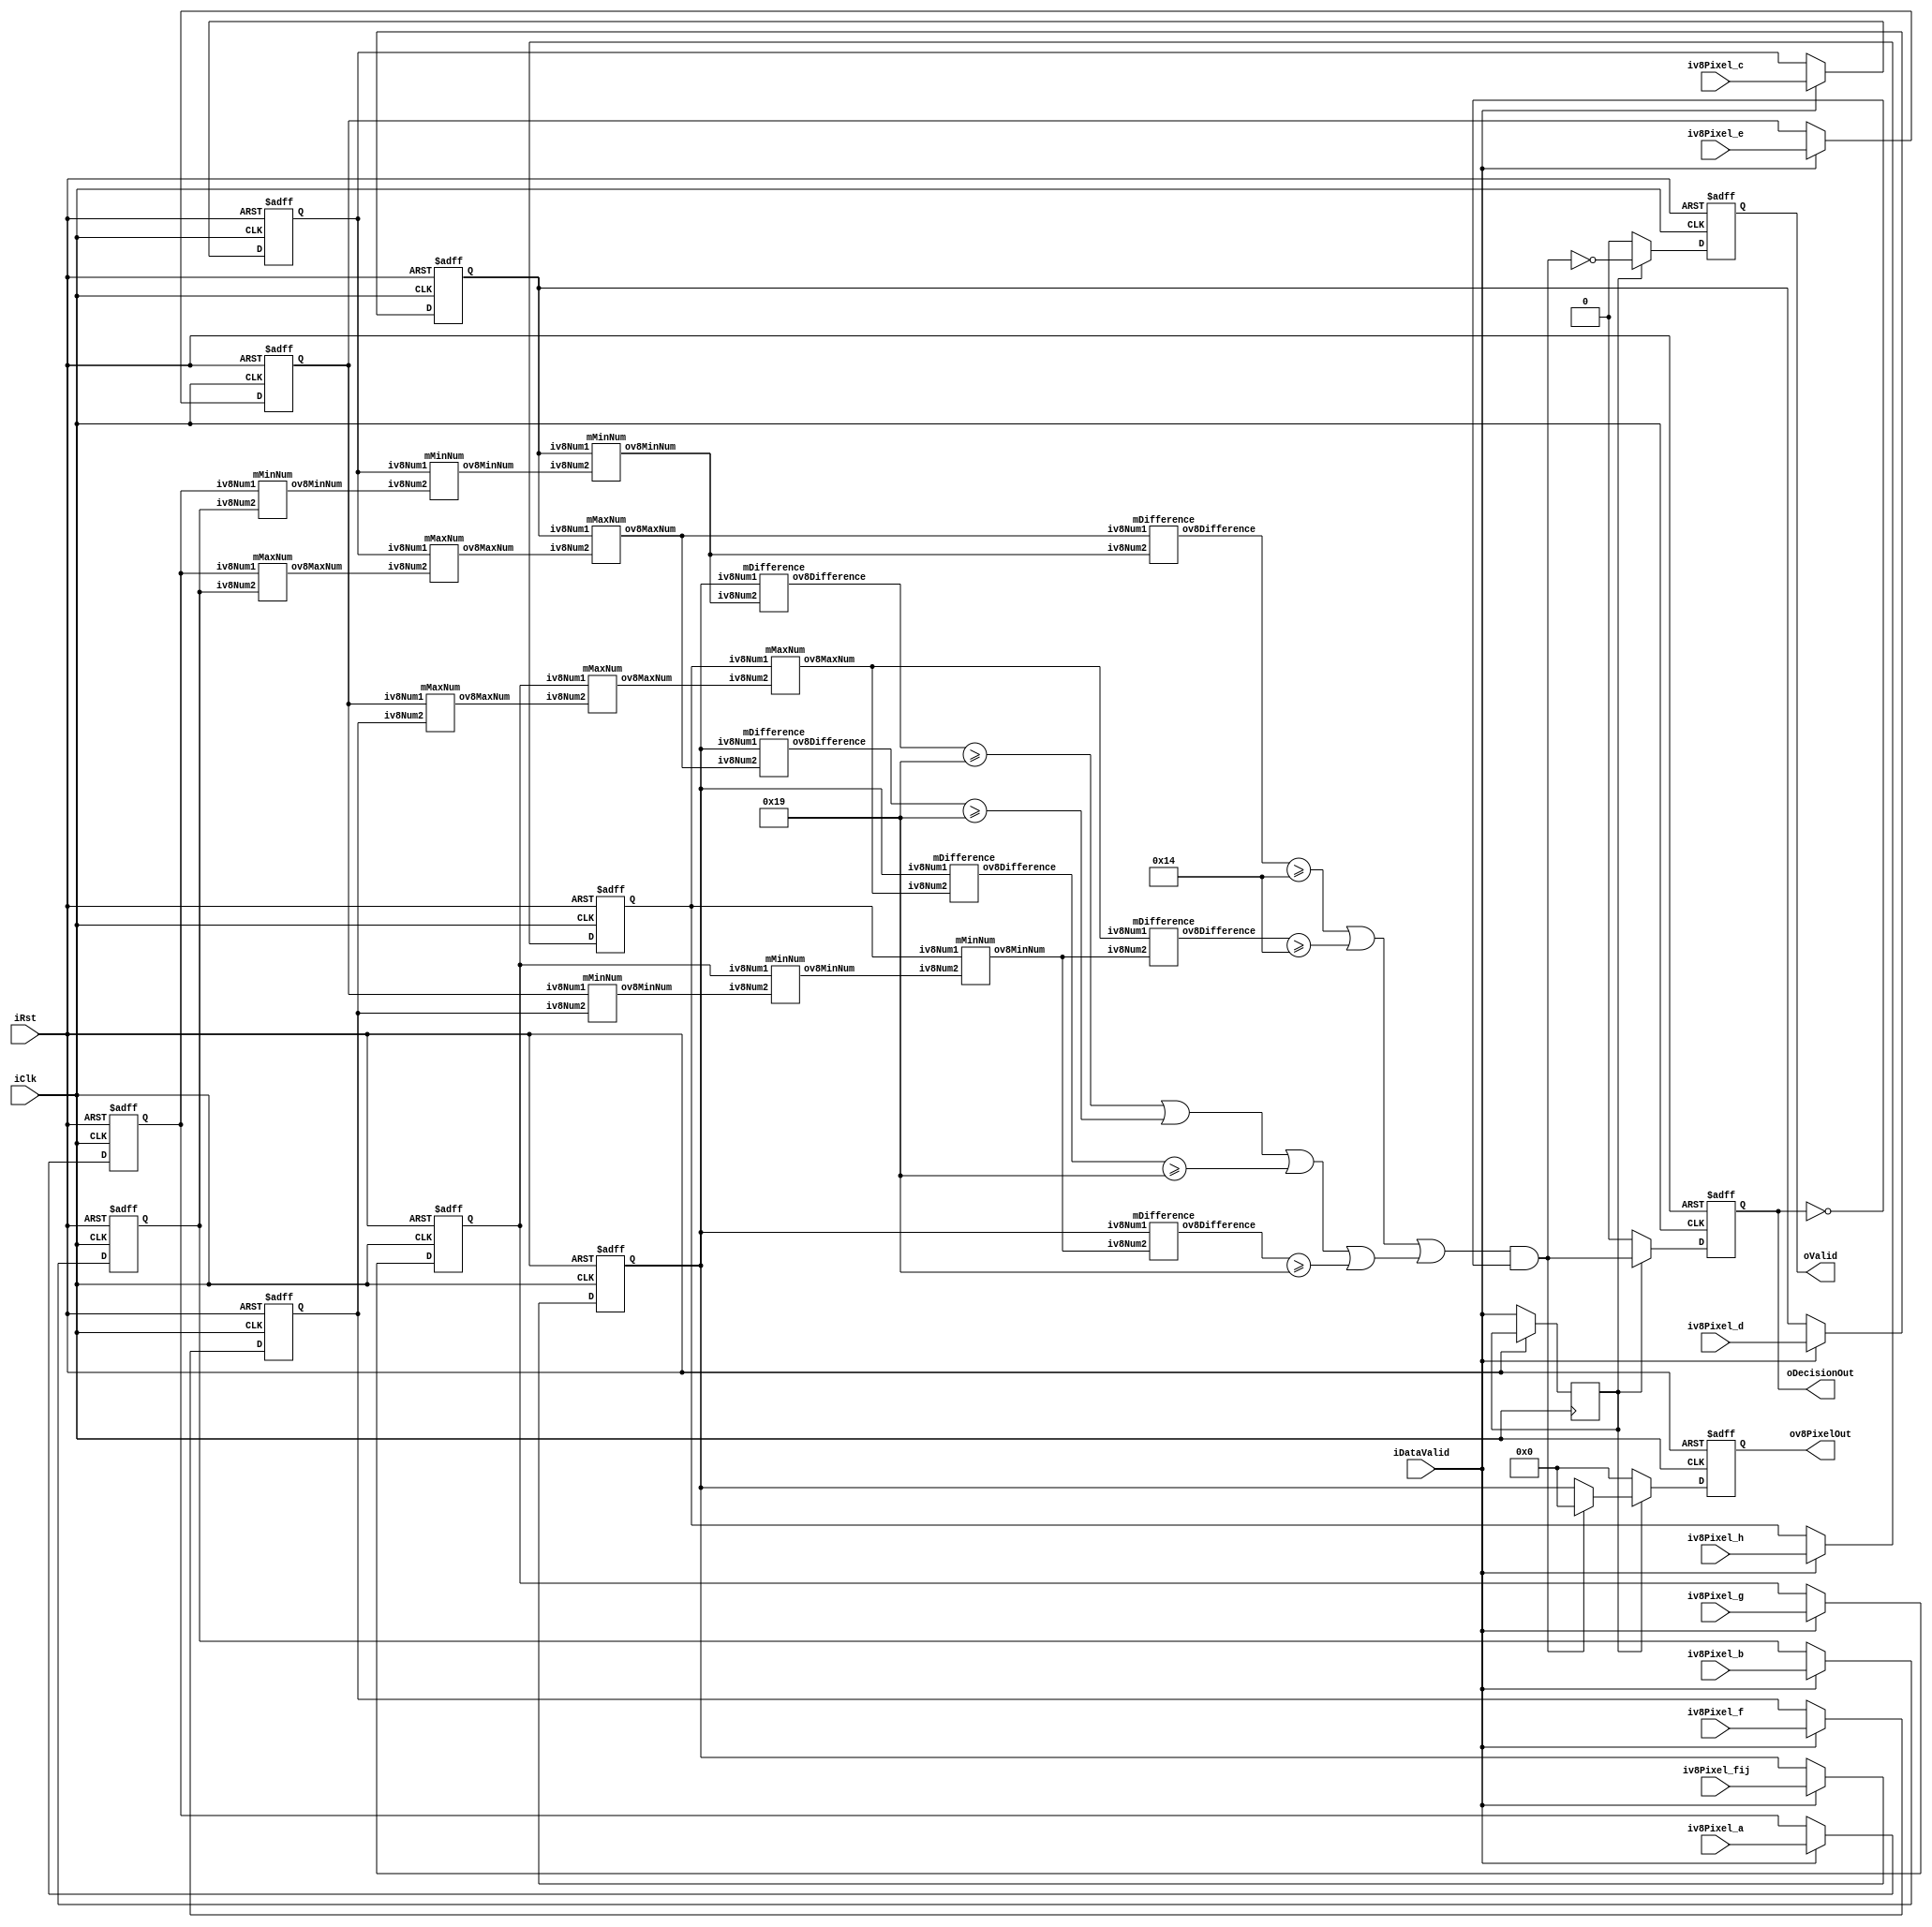
module mIsolateModule (input wire iClk,
						input wire iRst,
						input wire iDataValid,
						input wire [7:0] iv8Pixel_a,
						input wire [7:0] iv8Pixel_b,
						input wire [7:0] iv8Pixel_c,
						input wire [7:0] iv8Pixel_d,
						input wire [7:0] iv8Pixel_fij,
						input wire [7:0] iv8Pixel_e,
						input wire [7:0] iv8Pixel_f,
						input wire [7:0] iv8Pixel_g,
						input wire [7:0] iv8Pixel_h,
						output reg [7:0] ov8PixelOut,
						output reg oValid,
						output wire oDecisionOut
						);

						
localparam pThIMa 	= 20;//512;
localparam pThIMb 	= 25;//512;					
						
wire [7:0]  wv8TopHalfMaxIntr0;						
wire [7:0]  wv8TopHalfMaxIntr1;						
wire [7:0]  wv8TopHalfMax;
wire [7:0]  wv8TopHalfMinIntr0;						
wire [7:0]  wv8TopHalfMinIntr1;						
wire [7:0]  wv8TopHalfMin;	
wire [7:0]  wv8TopHalfDiff;

					
wire [7:0]  wv8BottomHalfMaxIntr0;						
wire [7:0]  wv8BottomHalfMaxIntr1;						
wire [7:0]  wv8BottomHalfMax;
wire [7:0]  wv8BottomHalfMinIntr0;						
wire [7:0]  wv8BottomHalfMinIntr1;						
wire [7:0]  wv8BottomHalfMin;	
wire [7:0]  wv8BottomHalfDiff;	

wire [7:0]  wv8FijTopHalfMinDiff;	
wire [7:0]  wv8FijTopHalfMaxDiff;	
wire [7:0]  wv8FijBtmHalfMaxDiff;	
wire [7:0]  wv8FijBtmHalfMinDiff;	

wire [7:0]  wv8PixelOut;	

wire   		wDecisionOut1;	
wire   		wDecisionOut2;	
wire   		wDecision;	
wire   		wValid;	

reg			rDecisionOut;
reg			rDataValid;
reg [7:0]	rv9x8ImgArray [8:0];
integer		i;
											
assign oDecisionOut  = rDecisionOut;
assign wValid 	 	 = (!wDecision);
assign wv8PixelOut 	 = wValid ? rv9x8ImgArray[4] : 8'd0	;

assign wDecision	 = (wDecisionOut1 | wDecisionOut2) & (!rDecisionOut) ;
assign wDecisionOut1 = ((wv8TopHalfDiff >= pThIMa) | (wv8BottomHalfDiff >= pThIMa) ); 
assign wDecisionOut2 = ((wv8FijTopHalfMinDiff >= pThIMb) | (wv8FijTopHalfMaxDiff >= pThIMb) | (wv8FijBtmHalfMaxDiff >= pThIMb) | (wv8FijBtmHalfMinDiff >= pThIMb) ); 

//Th_ IMa, Th_ IMb, Th _FMa, Th _FMb, Th _SMa, and Th_ SMb are all predefined values and
//set as 20, 25, 40, 80, 15, and 60, respectively.
always @(posedge iClk or posedge iRst)
begin
	if(iRst)
	begin
		for(i=0; i<9 ;i =i+1)
		begin
			rv9x8ImgArray[i]			<= 8'd0;
		end
	end
	else
	begin
		if(iDataValid)
		begin
			rv9x8ImgArray[0]		<= iv8Pixel_a;
			rv9x8ImgArray[1]		<= iv8Pixel_b;
			rv9x8ImgArray[2]		<= iv8Pixel_c;
			rv9x8ImgArray[3]		<= iv8Pixel_d;
			rv9x8ImgArray[4]		<= iv8Pixel_fij;
			rv9x8ImgArray[5]		<= iv8Pixel_e;
			rv9x8ImgArray[6]		<= iv8Pixel_f;
			rv9x8ImgArray[7]		<= iv8Pixel_g;
			rv9x8ImgArray[8]		<= iv8Pixel_h;
		end
		rDataValid					<= iDataValid;
	end
end


always @(posedge iClk or posedge iRst)
begin
	if(iRst) 
	begin
		ov8PixelOut 	 <= 8'd0;
		rDecisionOut 	 <= 1'b0;
		oValid 	 		 <= 1'b0;
	end
	else
	begin
		if(rDataValid)
		begin
			ov8PixelOut 	 <= wv8PixelOut;
			rDecisionOut 	 <= wDecision;
			oValid 	 		 <= wValid;
		end
		else
		begin
			ov8PixelOut 	 <= 8'd0;
			rDecisionOut 	 <= 1'b0;
			oValid 	 		 <= 1'b0;
		end
	end
end

//*************************** ********************************************
//Top half Maximum Number finding logic
//************************************************************************

mMaxNum uTopHalfMax0 (
	.iv8Num1(rv9x8ImgArray[0]),
	.iv8Num2(rv9x8ImgArray[1]),
	.ov8MaxNum(wv8TopHalfMaxIntr0)
 );
 
mMaxNum uTopHalfMax1 (
	.iv8Num1(rv9x8ImgArray[2]),
	.iv8Num2(wv8TopHalfMaxIntr0),
	.ov8MaxNum(wv8TopHalfMaxIntr1)
 );		

mMaxNum uTopHalfMax (
	.iv8Num1(rv9x8ImgArray[3]),
	.iv8Num2(wv8TopHalfMaxIntr1),
	.ov8MaxNum(wv8TopHalfMax)
 );
 
 //*************************** ********************************************
//Bottom half Maximum Number finding logic
//************************************************************************

mMaxNum uBottomHalfMax0 (
	.iv8Num1(rv9x8ImgArray[5]),
	.iv8Num2(rv9x8ImgArray[6]),
	.ov8MaxNum(wv8BottomHalfMaxIntr0)
 );
 
mMaxNum uBottomHalfMax1 (
	.iv8Num1(rv9x8ImgArray[7]),
	.iv8Num2(wv8BottomHalfMaxIntr0),
	.ov8MaxNum(wv8BottomHalfMaxIntr1)
 );		

mMaxNum uBottomHalfMax2 (
	.iv8Num1(rv9x8ImgArray[8]),
	.iv8Num2(wv8BottomHalfMaxIntr1),
	.ov8MaxNum(wv8BottomHalfMax)
 );
 
//*************************** ********************************************
//Top half Minimum Number finding logic
//************************************************************************

mMinNum uTopHalfMin0 (
	.iv8Num1(rv9x8ImgArray[0]),
	.iv8Num2(rv9x8ImgArray[1]),
	.ov8MinNum(wv8TopHalfMinIntr0)
 );
 
mMinNum uTopHalfMin1 (
	.iv8Num1(rv9x8ImgArray[2]),
	.iv8Num2(wv8TopHalfMinIntr0),
	.ov8MinNum(wv8TopHalfMinIntr1)
 );		

mMinNum uTopHalfMin2 (
	.iv8Num1(rv9x8ImgArray[3]),
	.iv8Num2(wv8TopHalfMinIntr1),
	.ov8MinNum(wv8TopHalfMin)
 );
 
//*************************** ********************************************
//Bottom half Minimum Number finding logic
//************************************************************************

mMinNum uBottomHalfMin0 (
	.iv8Num1(rv9x8ImgArray[5]),
	.iv8Num2(rv9x8ImgArray[6]),
	.ov8MinNum(wv8BottomHalfMinIntr0)
 );
 
mMinNum uBottomHalfMin1 (
	.iv8Num1(rv9x8ImgArray[7]),
	.iv8Num2(wv8BottomHalfMinIntr0),
	.ov8MinNum(wv8BottomHalfMinIntr1)
 );		

mMinNum uBottomHalfMin2 (
	.iv8Num1(rv9x8ImgArray[8]),
	.iv8Num2(wv8BottomHalfMinIntr1),
	.ov8MinNum(wv8BottomHalfMin)
 );
 
 
//*************************** ********************************************
//Top half max - Top Half Min
//************************************************************************

mDifference uTopHalfDiff (
	.iv8Num1(wv8TopHalfMax),
	.iv8Num2(wv8TopHalfMin),
	.ov8Difference(wv8TopHalfDiff)
 );
 
//*************************** ********************************************
//Bottom half max - Bottom Half Min
//************************************************************************

mDifference uBottomHalfDiff (
	.iv8Num1(wv8BottomHalfMax),
	.iv8Num2(wv8BottomHalfMin),
	.ov8Difference(wv8BottomHalfDiff)
 );
 
 //*************************** ********************************************
//|f i,j - TopHalf_ max|
//************************************************************************

mDifference FijTopHalfMaxDiff (
	.iv8Num1(rv9x8ImgArray[4]),
	.iv8Num2(wv8TopHalfMax),
	.ov8Difference(wv8FijTopHalfMaxDiff)
 );
 
//*************************** ********************************************
//| f i,j - TopHalf _min|
//************************************************************************

mDifference FijTopHalfMinDiff (
	.iv8Num1(rv9x8ImgArray[4]),
	.iv8Num2(wv8TopHalfMin),
	.ov8Difference(wv8FijTopHalfMinDiff)
 );
 
  //*************************** ********************************************
//|f i,j _ BottomHalf_max|
//************************************************************************

mDifference FijBtmHalfMaxDiff (
	.iv8Num1(rv9x8ImgArray[4]),
	.iv8Num2(wv8BottomHalfMax),
	.ov8Difference(wv8FijBtmHalfMaxDiff)
 );
 
//*************************** ********************************************
//|f i,j _ BottomHalf_min|
//************************************************************************

mDifference FijBtmHalfMinDiff (
	.iv8Num1(rv9x8ImgArray[4]),
	.iv8Num2(wv8BottomHalfMin),
	.ov8Difference(wv8FijBtmHalfMinDiff)
 );


endmodule





//*************************** ********************************************
//Maximum Number finding module
//************************************************************************

module mMaxNum (input wire [7:0] iv8Num1,
				input wire [7:0] iv8Num2,
				output wire [7:0] ov8MaxNum
				);
				
assign ov8MaxNum = (iv8Num1 > iv8Num2 ) ?  iv8Num1 : iv8Num2;

endmodule

//*************************** ********************************************
//Maximum Number finding module
//************************************************************************

module mMinNum (input wire [7:0] iv8Num1,
				input wire [7:0] iv8Num2,
				output wire [7:0] ov8MinNum
				);
				
assign ov8MinNum = (iv8Num1 < iv8Num2 ) ?  iv8Num1 : iv8Num2;

endmodule

//*************************** ********************************************
//Magnitude of Difference of two Numbers
//************************************************************************

module mDifference (input wire [7:0] iv8Num1,
				input wire [7:0] iv8Num2,
				output wire [7:0] ov8Difference
				);
				
assign ov8Difference = (iv8Num1 > iv8Num2 ) ?  (iv8Num1 - iv8Num2) : (iv8Num2 - iv8Num1) ;

endmodule